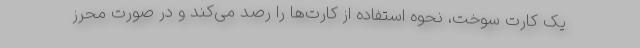
یک کارت سوخت، نحوه استفاده از کارت‌ها را رصد می‌کند و در صورت محرز